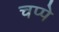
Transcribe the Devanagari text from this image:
चप्पे